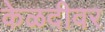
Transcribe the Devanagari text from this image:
केळदीवर